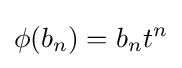
\phi (b_{n})=b_{n}t^{n}